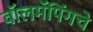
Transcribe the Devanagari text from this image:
वॉलमॅपिंगचे